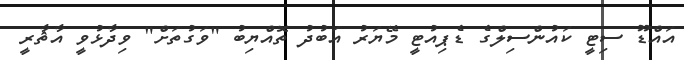
އައްޑޫ ސިޓީ ކައުންސިލްގެ ޑެޕިއުޓީ މޭޔަރު އަބުދު ތޮއްޔިބު "ވަގުތަށް" ވިދާޅުވީ އާޘާރީ